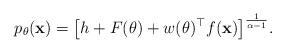
LaTeX: \begin{align*}p_\theta({\bf{x}}) = \big[ h + F(\theta) + w(\theta)^\top f({\bf{x}}) \big]^{\frac{1}{\alpha - 1}}.\end{align*}